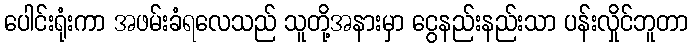
ပေါင်းရုံးကာ အဖမ်းခံရလေသည် သူတို့အနားမှာ ငွေနည်းနည်းသာ ပန်းလှိုင်ဘူတာ